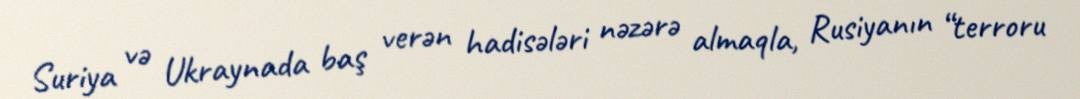
Suriya və Ukraynada baş verən hadisələri nəzərə almaqla, Rusiyanın “terroru